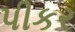
પીકર